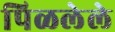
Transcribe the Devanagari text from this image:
पिळलेले